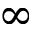
\infty